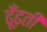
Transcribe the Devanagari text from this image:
ढूँढ़ती